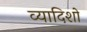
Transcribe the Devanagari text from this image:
व्यादिशो